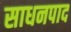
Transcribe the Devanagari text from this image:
साधनपाद